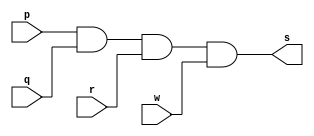
// -------------------------
// Exemplo0003 - AND
// Nome: Pedro Henrique Lima Pinheiro
// -------------------------
// -------------------------
// -- and gate
// -------------------------
module andgate ( output s,
input p,
input q,
input r,
input w);
assign s = p & q & r & w;
endmodule // andgate
// ---------------------
// -- test and gate
// ---------------------
module testandgate;
// ------------------------- dados locais
reg a, b, c, d; // definir registradores
wire s; // definir conexao (fio)
// ------------------------- instancia
andgate AND1 (s, a, b, c, d);
// ------------------------- preparacao
initial begin:start
// atribuicao simultanea
// dos valores iniciais
a=0; b=0; c=0; d=0;
end
// ------------------------- parte principal
initial begin
$display("Exemplo0003 - Pedro Henrique Lima Pinheiro - 451605");
$display("Test AND gate");
$display("\na & b = s\n");
a=0; b=0; c=0; d=0;
#1 $display("(%b & %b)&(%b & %b) = %b", a, b, c, d, s);
a=0; b=0; c=0; d=1;
#1 $display("(%b & %b)&(%b & %b) = %b", a, b, c, d, s);
a=0; b=0; c=1; d=0;
#1 $display("(%b & %b)&(%b & %b) = %b", a, b, c, d, s);
a=0; b=0; c=1; d=1;
#1 $display("(%b & %b)&(%b & %b) = %b", a, b, c, d, s);
a=0; b=1; c=0; d=0;
#1 $display("(%b & %b)&(%b & %b) = %b", a, b, c, d, s);
a=0; b=1; c=0; d=1;
#1 $display("(%b & %b)&(%b & %b) = %b", a, b, c, d, s);
a=0; b=1; c=1; d=0;
#1 $display("(%b & %b)&(%b & %b) = %b", a, b, c, d, s);
a=0; b=1; c=1; d=1;
#1 $display("(%b & %b)&(%b & %b) = %b", a, b, c, d, s);
a=1; b=0; c=0; d=0;
#1 $display("(%b & %b)&(%b & %b) = %b", a, b, c, d, s);
a=1; b=0; c=0; d=1;
#1 $display("(%b & %b)&(%b & %b) = %b", a, b, c, d, s);
a=1; b=0; c=1; d=0;
#1 $display("(%b & %b)&(%b & %b) = %b", a, b, c, d, s);
a=1; b=0; c=1; d=1;
#1 $display("(%b & %b)&(%b & %b) = %b", a, b, c, d, s);
a=1; b=1; c=0; d=0;
#1 $display("(%b & %b)&(%b & %b) = %b", a, b, c, d, s);
a=1; b=1; c=0; d=1;
#1 $display("(%b & %b)&(%b & %b) = %b", a, b, c, d, s);
a=1; b=1; c=1; d=0;
#1 $display("(%b & %b)&(%b & %b) = %b", a, b, c, d, s);
a=1; b=1; c=1; d=1;
#1 $display("(%b & %b)&(%b & %b) = %b", a, b, c, d, s);

end
endmodule // testandgate